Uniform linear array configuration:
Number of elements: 32
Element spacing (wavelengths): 0.5
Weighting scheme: cosine
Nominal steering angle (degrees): -45
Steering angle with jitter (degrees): -46.696
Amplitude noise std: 0.05
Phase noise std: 0.05

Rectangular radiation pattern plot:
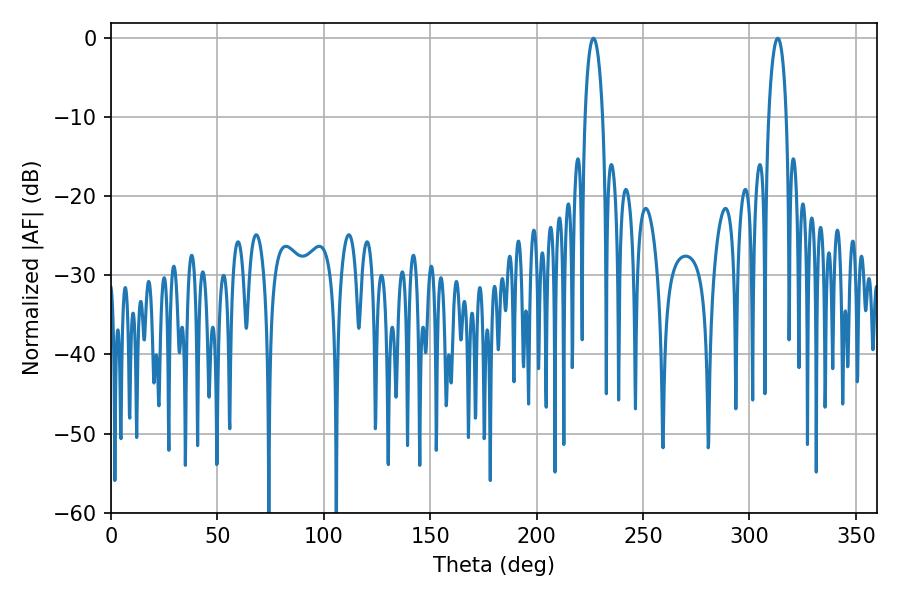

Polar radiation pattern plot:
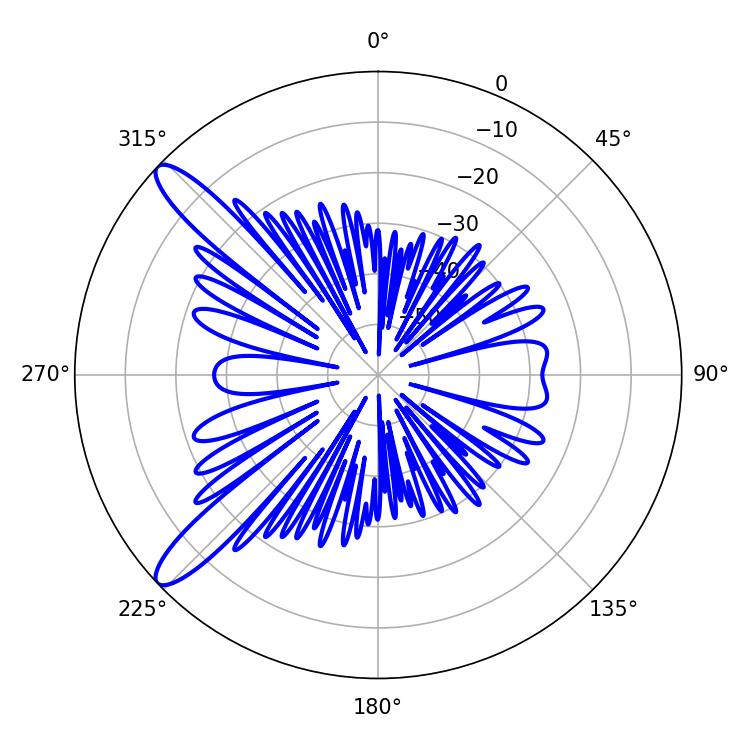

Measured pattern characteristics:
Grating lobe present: FALSE
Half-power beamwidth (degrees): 4.68
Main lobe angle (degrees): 226.62